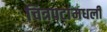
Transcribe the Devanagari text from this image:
चित्रपटांमधली